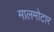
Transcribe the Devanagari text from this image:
मालमोटार